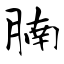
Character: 腩